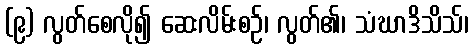
(၉) လွတ်စေလို၍ ဆေးလိမ်းစဉ်၊ လွတ်၏၊ သံဃာဒိသိသ်၊